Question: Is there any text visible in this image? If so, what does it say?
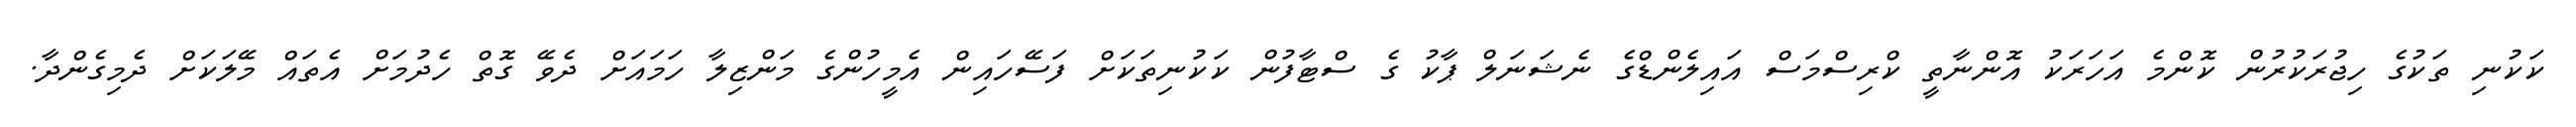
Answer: ކަކުނި ތަކުގެ ހިޖުރަކުރުން ކޮންމެ އަހަރަކު އޮންނާތީ ކްރިސްމަސް އައިލެންޑްގެ ނެޝަނަލް ޕާކު ގެ ސްޓާފުން ކަކުނިތަކަށް ފަސޭހައިން އެމީހުންގެ މަންޒިލާ ހަމައަށް ދެވޭ ގޮތް ހެދުމަށް އެތައް މޭލަކަށް ދެމިގެންދާ.